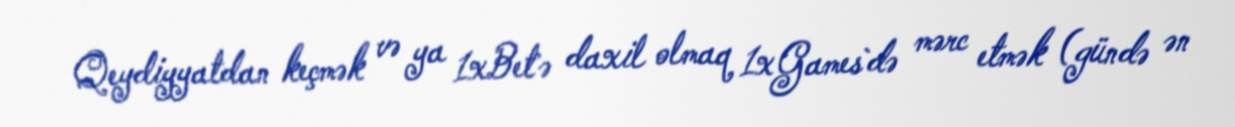
Qeydiyyatdan keçmək və ya 1xBet`ə daxil olmaq 1xGames`də mərc etmək (gündə ən